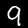
Digit: 9